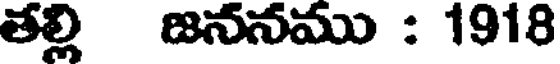
తల్లి జననము : 1918